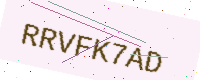
Text: RRVFK7AD